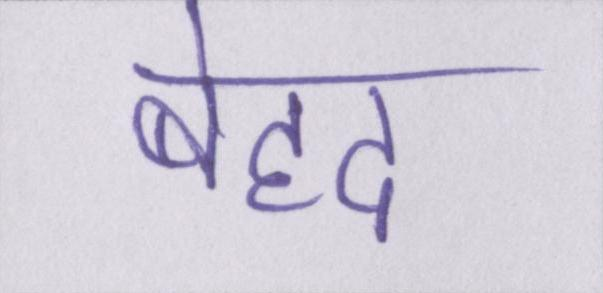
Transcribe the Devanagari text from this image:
बेहद